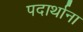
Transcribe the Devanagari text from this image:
पदार्थाना